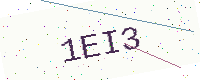
Text: 1EI3